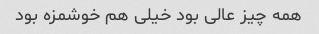
همه چیز عالی بود خیلی هم خوشمزه بود